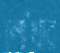
শোঁখার